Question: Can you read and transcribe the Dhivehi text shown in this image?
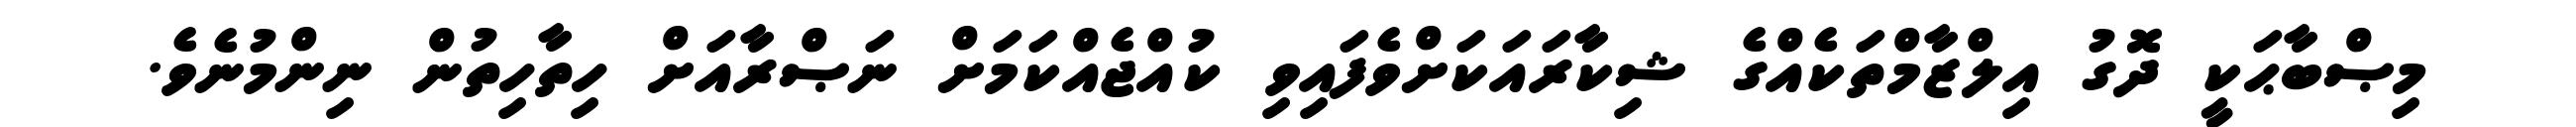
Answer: މިޞްބާޙަކީ ދޮގު އިލްޒާމްތަކެއްގެ ޝިކާރައަކަށްވެފައިވި ކުއްޖެއްކަމަށް ނަޞްރާއަށް ހިތާހިތުން ނިންމުނެވެ.